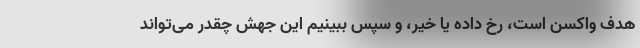
هدف واکسن است، رخ داده یا خیر، و سپس ببینیم این جهش چقدر می‌تواند